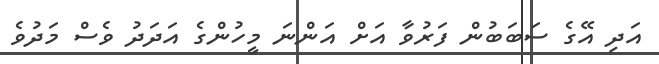
އަދި އޭގެ ސަބަބުން ފަރުވާ އަށް އަންނަ މީހުންގެ އަދަދު ވެސް މަދުވެ